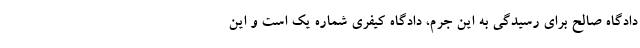
دادگاه صالح برای رسیدگی به این جرم، دادگاه کیفری شماره یک است و این